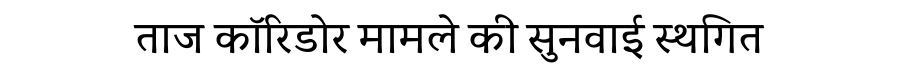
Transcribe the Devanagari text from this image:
ताज कॉरिडोर मामले की सुनवाई स्थगित